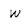
Character: w